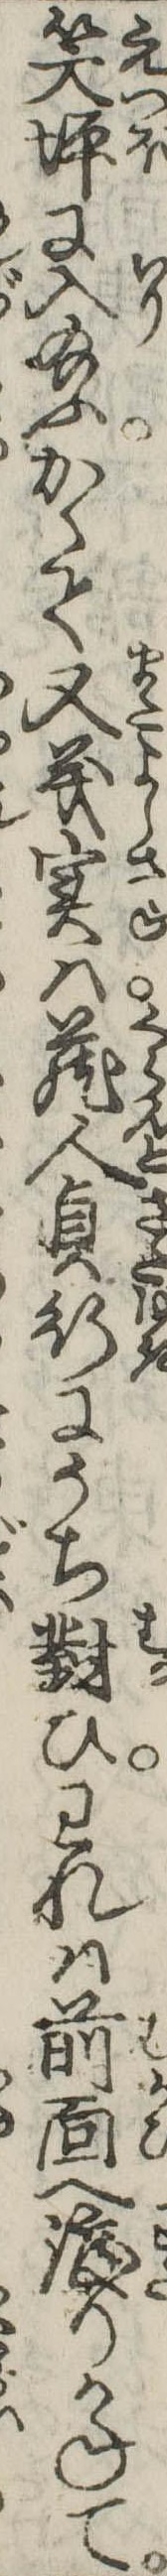
笑坪に入給ふかくて又義実は蔵人貞行にうち対ひわれは前面へ渡りかねて